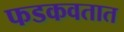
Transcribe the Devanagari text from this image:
फडकवतात